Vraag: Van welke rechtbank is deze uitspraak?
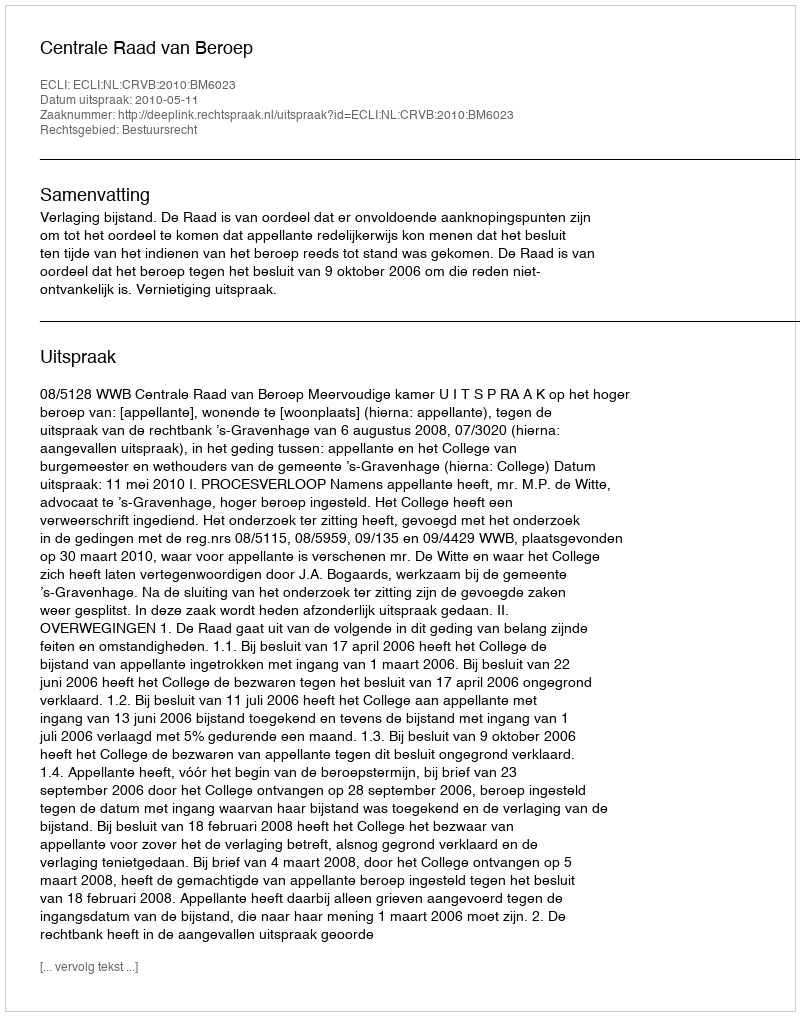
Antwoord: Centrale Raad van Beroep